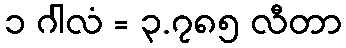
၁ ဂါလံ = ၃.၇၈၅ လီတာ